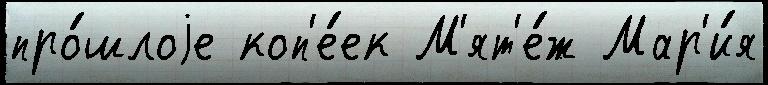
про́шлоjе коп'е́ек М'ят'е́ж Мар'и́я